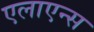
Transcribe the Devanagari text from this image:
एलाएन्स